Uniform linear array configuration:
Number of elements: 32
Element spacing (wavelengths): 0.25
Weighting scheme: binomial
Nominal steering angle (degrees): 0
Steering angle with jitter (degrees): -1.882
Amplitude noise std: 0.05
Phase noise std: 0.05

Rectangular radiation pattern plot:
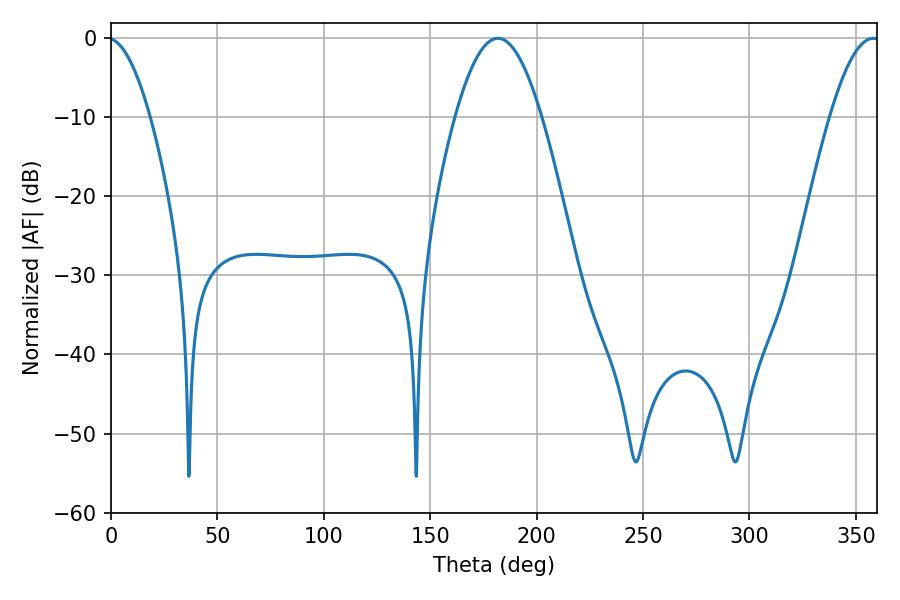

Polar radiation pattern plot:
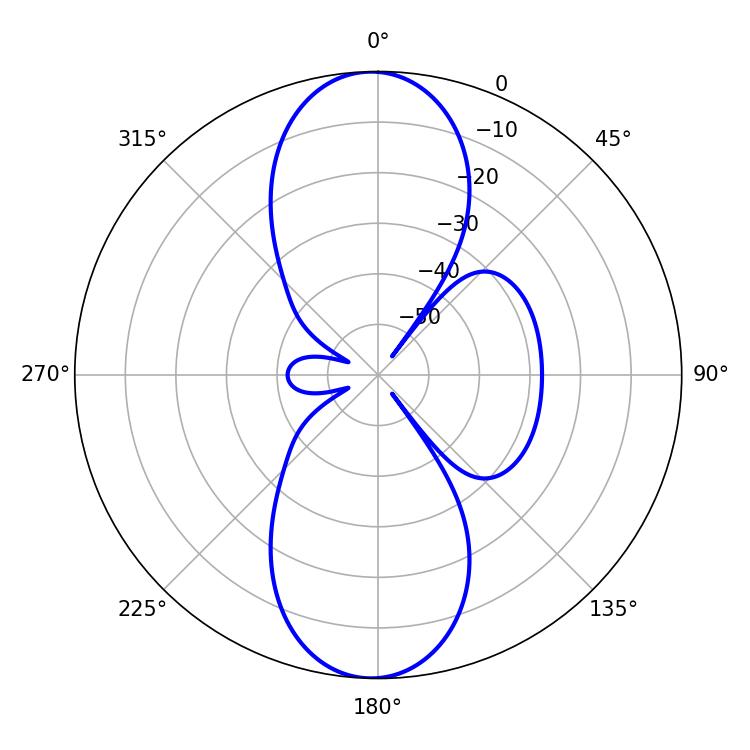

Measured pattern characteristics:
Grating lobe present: FALSE
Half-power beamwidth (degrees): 21.96
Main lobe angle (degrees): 181.8